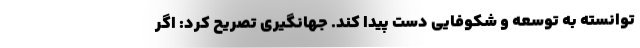
توانسته به توسعه و شکوفایی دست پیدا کند. جهانگیری تصریح کرد: ‌اگر